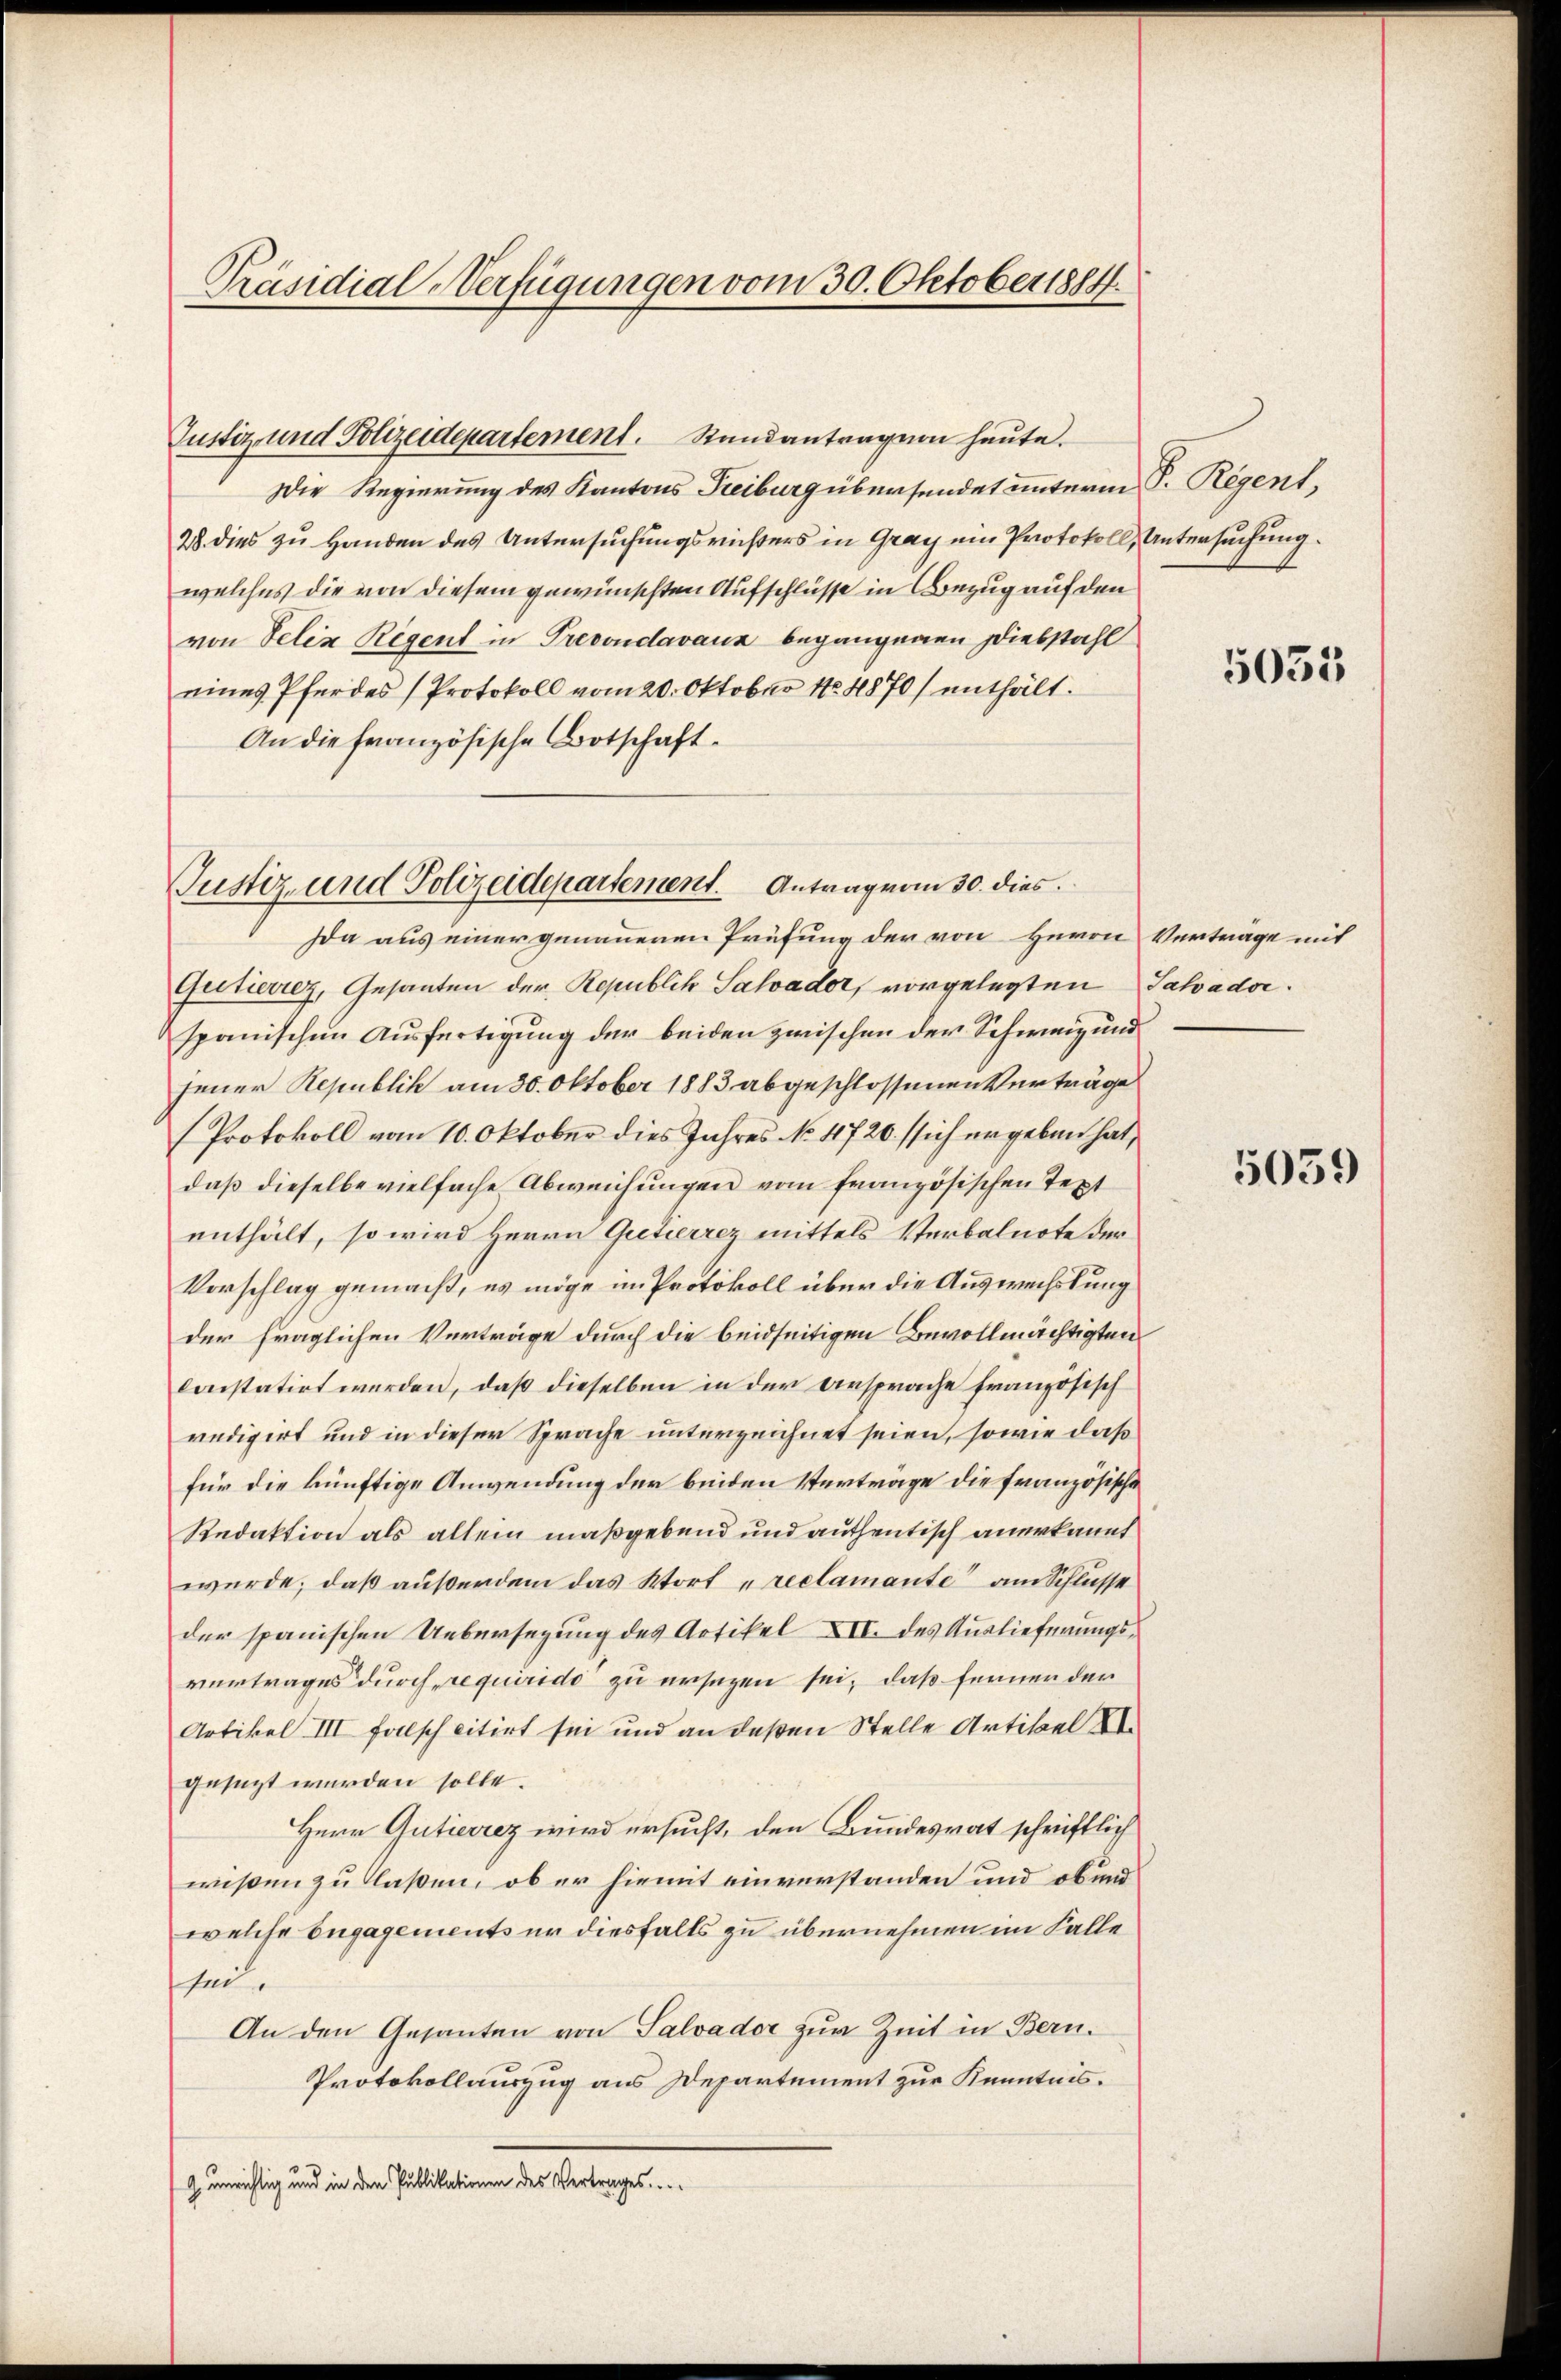
Präsidial-Verfügungen vom 30. Oktober 1884.

Die Regierung des Kantons Freiburg übersendet unterm P. Regent,
28. dies zu Handen des Untersuchungsrichters in Gray ein Protokoll, Untersuchung.
welches die von diesem gewünschten Aufschlüsse in Bezug auf den
von Felix Regent in Precondavaux begangenen Diebstahl
eines Pferdes (Protokoll vom 20. Oktober 14870) enthält.
An die französische Botschaft.
Da aus einer genannenen Prüfung der von Herrn Vertrage mit
Gutierrez, Gesanten der Republik Salvader, vorgelegten Jahadorspanischen Ausfertigung der beiden zwischen der Schweiz und
jener Republik am 30. Oktober 1883 abgeschlossenen Verträge
(Protokoll vom 10. Oktober dies Jahres No 11720. sich ergeben hat,
daß dieselbe vielfache Abweichungen vom französischen Text
enthält, so wird Herrn Gretierrez mittels Verbalnote der
Vorschlag gemacht, es möge im Protokoll über die Auswechslung
der fraglichen Verträge durch die beidseitigen Bevollmächtigten
loistatirt werden, daß dieselben in der Ansprache französisch
redigirt und in dieser Sprache unterzeichnet seien, sowie daß
für die künftige Anwendung der beiden Vertrage die französische
Redaktion als allein maßgebend und authentisch anerkannt
werde; daß außerdem das Wort reclamante am Schlüsse
der spanischen Uebersezung des Artikel XII. des Auslieferungsvertrages durch requirido zu ersezen sei, daß ferner der
Artikel III falsch citirt sei und an deßen Stelle Artikel XI
gesezt werden solle.
Herr Gutierrez wird ersucht, den Bundesrat schriftlich
wißen zu laßen, ob er hiemit einverstanden und ob und
welche Engagements er diesfalls zu übernehmen im Falle
sei.
An den Gesanten von Salvador zur Zeit in Bern.
Protokollauszug aus Departement zur Kenntnis.
 unrichtig und in den Publikationen des Vertrages

Justiz- und Polizeidepartement. Standantragion heute.

Justiz- und Polizeidepartement. Antrag vom 30. dies

5055

5059